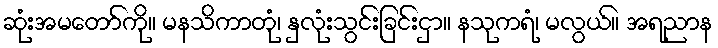
ဆုံးအမတော်ကို။ မနသိကာတုံ၊ နှလုံးသွင်းခြင်းငှာ။ နသုကရံ၊ မလွယ်။ အရညာန